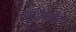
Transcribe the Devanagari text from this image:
मांद्रागोला